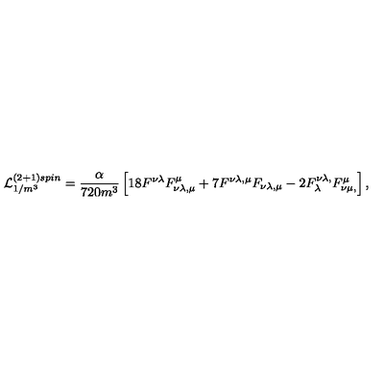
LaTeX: { \cal L } _ { 1 / m ^ { 3 } } ^ { ( 2 + 1 ) s p i n } = \frac { \alpha } { 7 2 0 m ^ { 3 } } \left[ 1 8 F ^ { \nu \lambda } F _ { \nu \lambda , \mu } ^ { \mu } + 7 F ^ { \nu \lambda , \mu } F _ { \nu \lambda , \mu } - 2 F _ { \lambda } ^ { \nu \lambda , } F _ { \nu \mu , } ^ { \mu } \right] ,